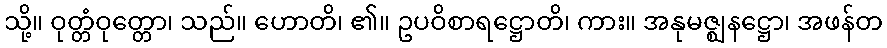
သို့။ ဝုတ္တံဝုတ္တော၊ သည်။ ဟောတိ၊ ၏။ ဥပဝိစာရဋ္ဌောတိ၊ ကား။ အနုမဇ္ဈနဋ္ဌော၊ အဖန်တ